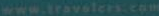
www.travelers.com